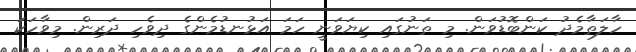
ހާލަތާމެދު ކަންބޮޑުވަން. މި ތަނުގައި ކިޔަވަނީ ހަމަ އަޅުނޑުމެންގެ ދިވެހި ދަރިން. މިވާހަކަ